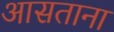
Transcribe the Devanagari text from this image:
आसताना